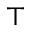
\top